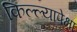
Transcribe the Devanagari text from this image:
किल्ल्यापेक्षा